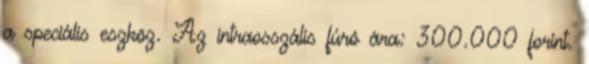
a speciális eszköz. Az intraosszális fúró ára: 300.000 forint.